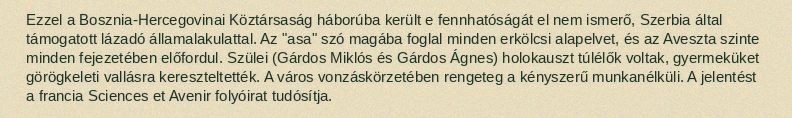
Ezzel a Bosznia-Hercegovinai Köztársaság háborúba került e fennhatóságát el nem ismerő, Szerbia által támogatott lázadó államalakulattal. Az "asa" szó magába foglal minden erkölcsi alapelvet, és az Aveszta szinte minden fejezetében előfordul. Szülei (Gárdos Miklós és Gárdos Ágnes) holokauszt túlélők voltak, gyermeküket görögkeleti vallásra kereszteltették. A város vonzáskörzetében rengeteg a kényszerű munkanélküli. A jelentést a francia Sciences et Avenir folyóirat tudósítja.